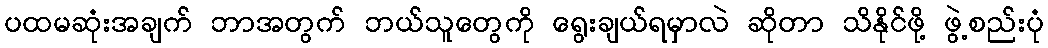
ပထမဆုံးအချက် ဘာအတွက် ဘယ်သူတွေကို ရွေးချယ်ရမှာလဲ ဆိုတာ သိနိုင်ဖို့ ဖွဲ့စည်းပုံ